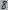
Text: 8